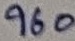
Text: 960